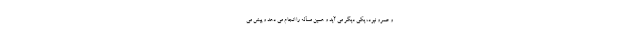
و عمرو نبود، یکی دیگر می آید و همین مسأله را انجام می دهد و پیش می